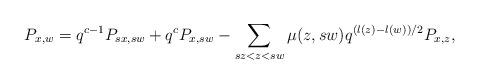
LaTeX: \begin{align*} P_{x,w}= q^{c-1}P_{sx,sw} +q^{c}P_{x,sw}- \sum_{sz< z < sw} \mu (z,sw) q^{(l(z)-l(w))/2}P_{x,z},\end{align*}